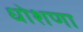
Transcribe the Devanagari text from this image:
धोशणा